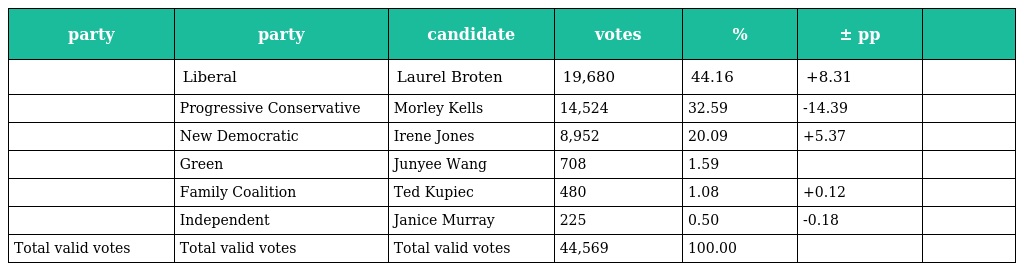
| party | party | candidate | votes | % | ± pp |  |
 | --- | --- | --- | --- | --- | --- | --- |
 |  | Liberal | Laurel Broten | 19,680 | 44.16 | +8.31 |  |
 |  | Progressive Conservative | Morley Kells | 14,524 | 32.59 | -14.39 |  |
 |  | New Democratic | Irene Jones | 8,952 | 20.09 | +5.37 |  |
 |  | Green | Junyee Wang | 708 | 1.59 |  |  |
 |  | Family Coalition | Ted Kupiec | 480 | 1.08 | +0.12 |  |
 |  | Independent | Janice Murray | 225 | 0.50 | -0.18 |  |
 | Total valid votes | Total valid votes | Total valid votes | 44,569 | 100.00 |  |  |